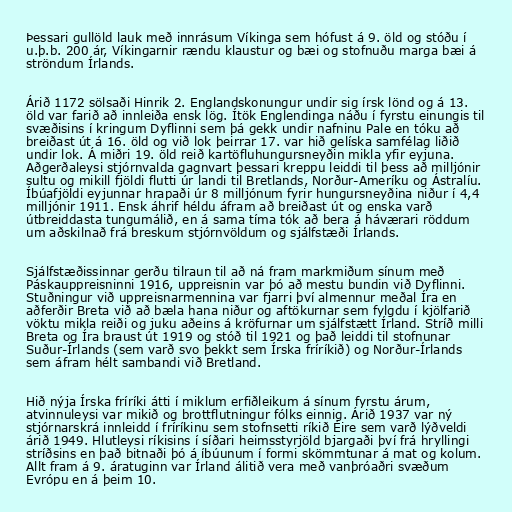
Þessari gullöld lauk með innrásum Víkinga sem hófust á 9. öld og stóðu í
u.þ.b. 200 ár, Víkingarnir rændu klaustur og bæi og stofnuðu marga bæi á
ströndum Írlands.

Árið 1172 sölsaði Hinrik 2. Englandskonungur undir sig írsk lönd og á 13.
öld var farið að innleiða ensk lög. Ítök Englendinga náðu í fyrstu einungis til
svæðisins í kringum Dyflinni sem þá gekk undir nafninu Pale en tóku að
breiðast út á 16. öld og við lok þeirrar 17. var hið gelíska samfélag liðið
undir lok. Á miðri 19. öld reið kartöfluhungursneyðin mikla yfir eyjuna.
Aðgerðaleysi stjórnvalda gagnvart þessari kreppu leiddi til þess að milljónir
sultu og mikill fjöldi flutti úr landi til Bretlands, Norður-Ameríku og Ástralíu.
Íbúafjöldi eyjunnar hrapaði úr 8 milljónum fyrir hungursneyðina niður í 4,4
milljónir 1911. Ensk áhrif héldu áfram að breiðast út og enska varð
útbreiddasta tungumálið, en á sama tíma tók að bera á háværari röddum
um aðskilnað frá breskum stjórnvöldum og sjálfstæði Írlands.

Sjálfstæðissinnar gerðu tilraun til að ná fram markmiðum sínum með
Páskauppreisninni 1916, uppreisnin var þó að mestu bundin við Dyflinni.
Stuðningur við uppreisnarmennina var fjarri því almennur meðal Íra en
aðferðir Breta við að bæla hana niður og aftökurnar sem fylgdu í kjölfarið
vöktu mikla reiði og juku aðeins á kröfurnar um sjálfstætt Írland. Stríð milli
Breta og Íra braust út 1919 og stóð til 1921 og það leiddi til stofnunar
Suður-Írlands (sem varð svo þekkt sem Írska fríríkið) og Norður-Írlands
sem áfram hélt sambandi við Bretland.

Hið nýja Írska fríríki átti í miklum erfiðleikum á sínum fyrstu árum,
atvinnuleysi var mikið og brottflutningur fólks einnig. Árið 1937 var ný
stjórnarskrá innleidd í fríríkinu sem stofnsetti ríkið Éire sem varð lýðveldi
árið 1949. Hlutleysi ríkisins í síðari heimsstyrjöld bjargaði því frá hryllingi
stríðsins en það bitnaði þó á íbúunum í formi skömmtunar á mat og kolum.
Allt fram á 9. áratuginn var Írland álitið vera með vanþróaðri svæðum
Evrópu en á þeim 10.